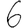
Digit: 6